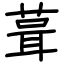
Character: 葺